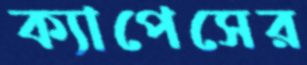
ক্যাপেসের